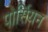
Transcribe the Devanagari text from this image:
पोर्सियन